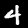
Digit: 4